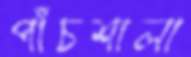
পাঁচশালা